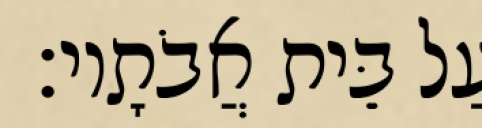
עַל בֵּית אֲבֹתָיו׃